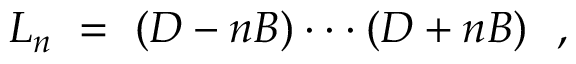
{ \cal L } _ { n } \ = \ ( D - n B ) \cdot \cdot \cdot ( D + n B ) \ \ ,